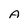
Character: A